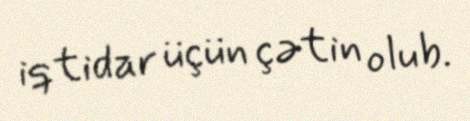
iqtidar üçün çətin olub.